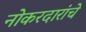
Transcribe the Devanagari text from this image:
नोकरदारांचे